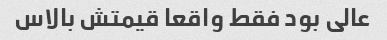
عالی بود فقط واقعا قیمتش بالاس